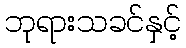
ဘုရားသခင်နှင့်